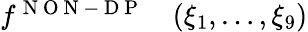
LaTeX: \begin{array}{rl}{f^{\mathrm{~N~O~N~-~D~P~}}}&{{}(\xi_{1},\ldots,\xi_{9})}\end{array}